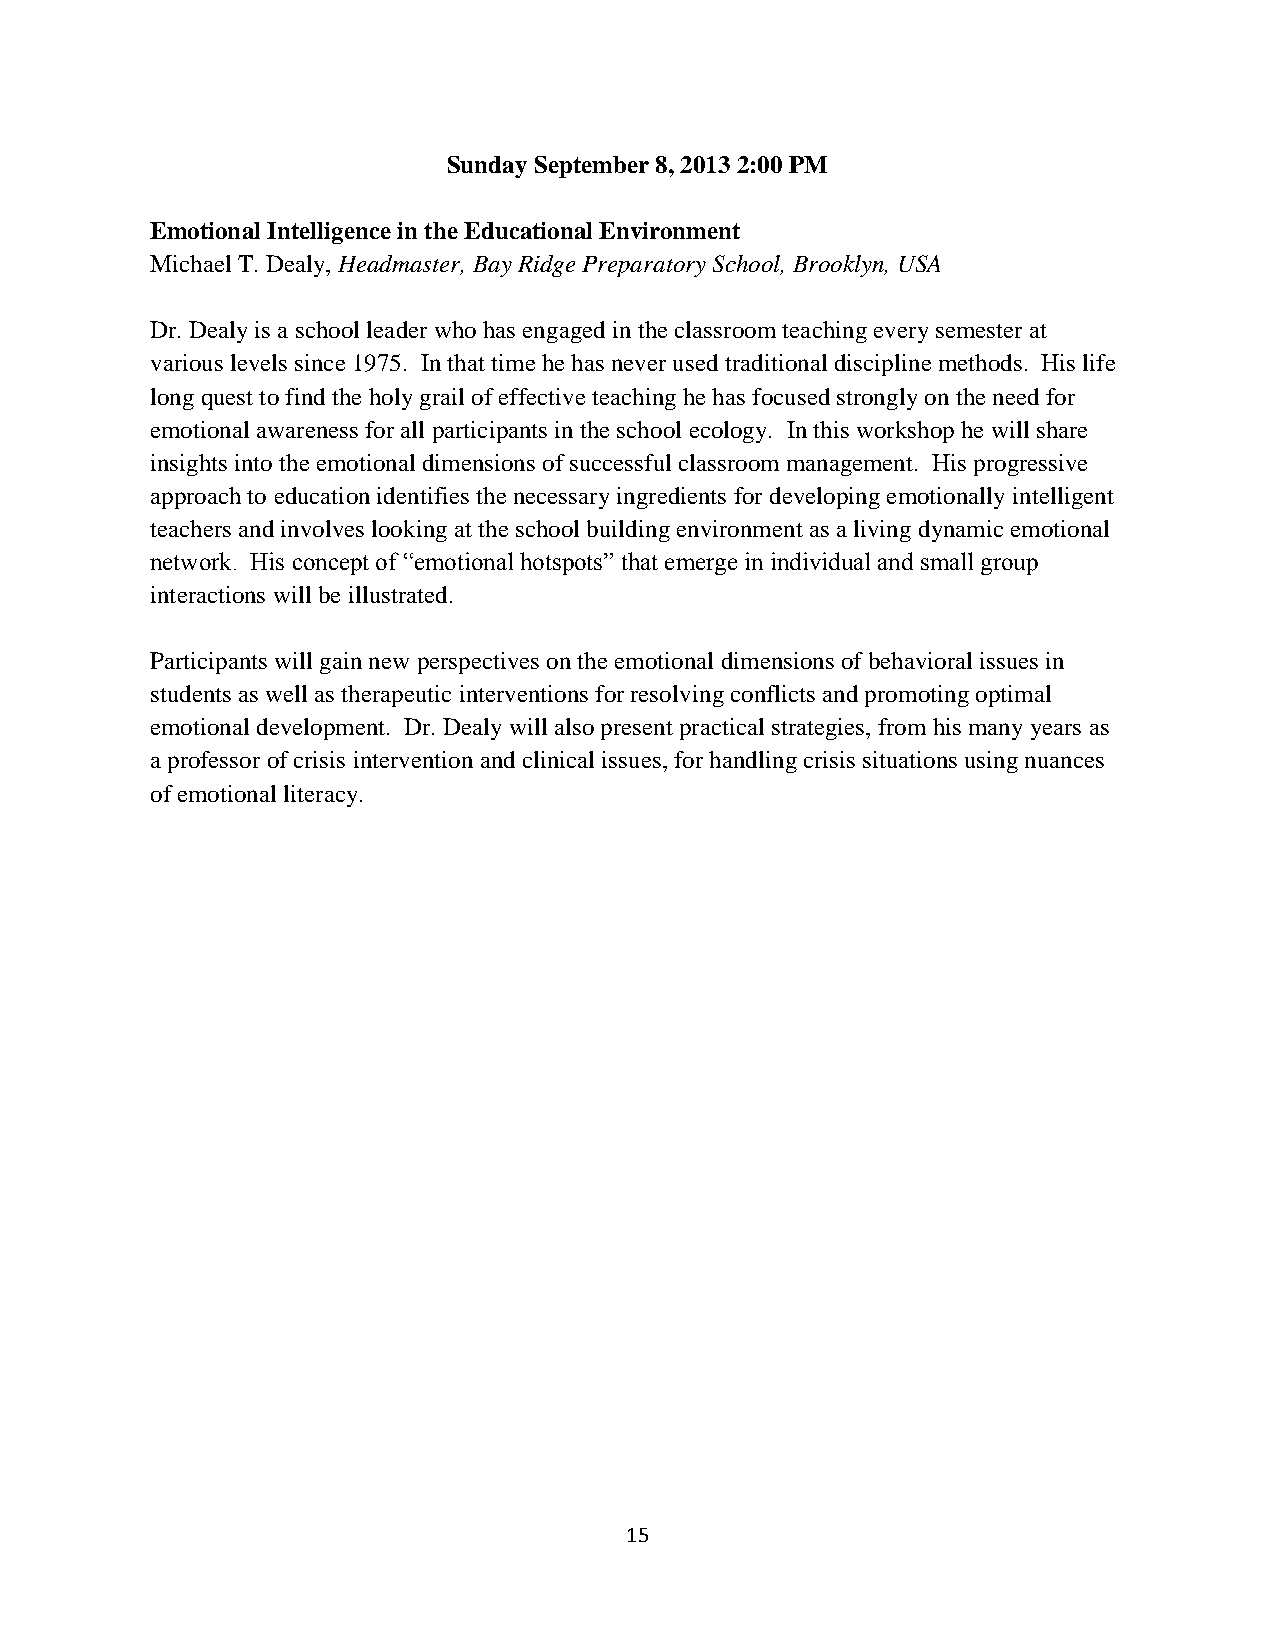
Sunday September 8, 2013 2:00 PM
 Emotional Intelligence in the Educational Environment
 Michael T. Dealy, Headmaster, Bay Ridge Preparatory School, Brooklyn, USA
 Dr. Dealy is a school leader who has engaged in the classroom teaching every semester at
 various levels since 1975. In that time he has never used traditional discipline methods. His life
 long quest to find the holy grail of effective teaching he has focused strongly on the need for
 emotional awareness for all participants in the school ecology. In this workshop he will share
 insights into the emotional dimensions of successful classroom management. His progressive
 approach to education identifies the necessary ingredients for developing emotionally intelligent
 teachers and involves looking at the school building environment as a living dynamic emotional
 network. His concept of “emotional hotspots” that emerge in individual and small group
 interactions will be illustrated.
 Participants will gain new perspectives on the emotional dimensions of behavioral issues in
 students as well as therapeutic interventions for resolving conflicts and promoting optimal
 emotional development. Dr. Dealy will also present practical strategies, from his many years as
 a professor of crisis intervention and clinical issues, for handling crisis situations using nuances
 of emotional literacy.
 15